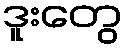
ဒူးတွေ